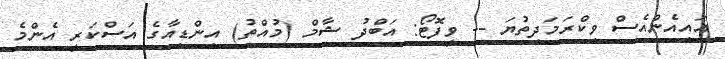
އައިއެންއެސް ވިކްރަމަދިތުޔަ -- ވީފޮޓޯ: އަބްދު ޝާމް (މުއްތު) އިންޑިއާގެ އަސްކަރީ އެންމެ